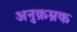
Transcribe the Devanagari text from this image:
अनुक्रम्रक